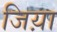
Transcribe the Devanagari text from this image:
जिय़ा